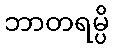
ဘာတရမ္ပိ